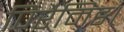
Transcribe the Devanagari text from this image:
पिरैमिड।